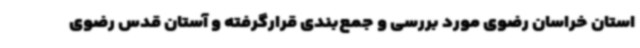
استان خراسان رضوی مورد بررسی و جمع‌بندی قرارگرفته و آستان قدس رضوی